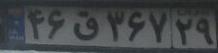
۴۶ق۳۶۷۲۹